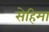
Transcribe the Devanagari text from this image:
सेहिमा